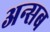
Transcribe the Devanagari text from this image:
अन्सब